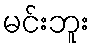
မင်းဘူး